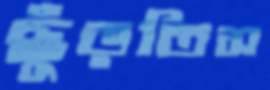
ছুঁড়তিস